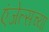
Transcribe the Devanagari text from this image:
एंजेल्सच्या